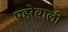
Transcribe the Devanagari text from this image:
पहरेवाली